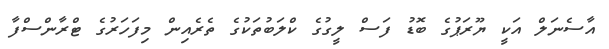
އާސެނަލް އަކީ ޔޫރަޕުގެ ބޮޑު ފަސް ލީގުގެ ކްލަބުތަކުގެ ތެރެއިން މިފަހަރުގެ ޓްރާންސްފާ